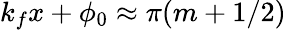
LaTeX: k_{f}x+\phi_{0}\approx\pi(m+1/2)